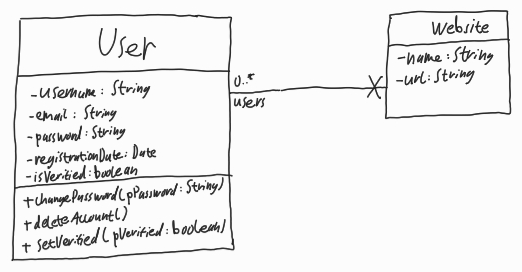
Diagram type: class_diagram
```plantuml
@startuml

class User {
  - username: String
  - email: String
  - password: String
  - registrationDate: Date
  - isVerified: boolean
  + changePassword(pPassword: String)
  + deleteAccount()
  + setVerified(pVerified: boolean)
}

class Website {
  - name: String
  - url: String
}

User "users 0..*" --x Website

@enduml
```